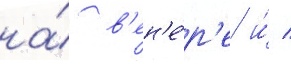
на́ в'ен'е́р'е и́ /